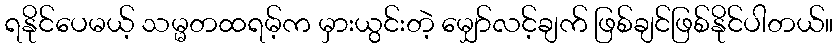
ရနိုင်ပေမယ့် သမ္မတထရမ့်က မှားယွင်းတဲ့ မျှော်လင့်ချက် ဖြစ်ချင်ဖြစ်နိုင်ပါတယ်။